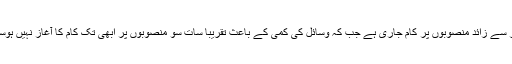
دو ہزار سے زائد منصوبوں پر کام جاری ہے جب کہ وسائل کی کمی کے باعث تقریباً سات سو منصوبوں پر ابھی تک کام کا آغاز نہیں ہوسکا ہے۔